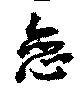
恋